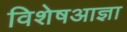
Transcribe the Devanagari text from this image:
विशेषआज्ञा